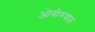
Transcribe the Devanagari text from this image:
ओवीरुपात